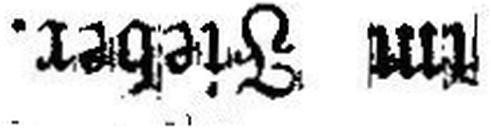
im Fieber.